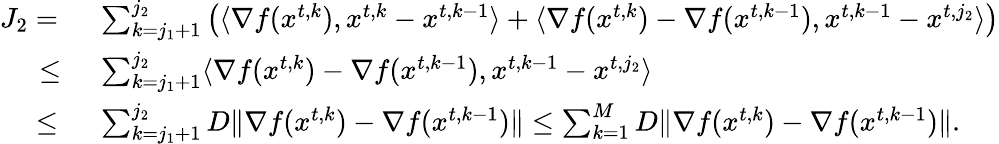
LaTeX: \begin{array}{rl}{J_{2}=\ }&{\sum_{k=j_{1}+1}^{j_{2}}\left(\langle\nabla f({x}^{t,k}),{x}^{t,k}-{x}^{t,k-1}\rangle+\langle\nabla f({x}^{t,k})-\nabla f({x}^{t,k-1}),{x}^{t,k-1}-{x}^{t,j_{2}}\rangle\right)}\\ {\mathop{\le}\ }&{\sum_{k=j_{1}+1}^{j_{2}}\langle\nabla f({x}^{t,k})-\nabla f({x}^{t,k-1}),{x}^{t,k-1}-{x}^{t,j_{2}}\rangle}\\ {\le\ }&{\sum_{k=j_{1}+1}^{j_{2}}D\| \nabla f({x}^{t,k})-\nabla f({x}^{t,k-1})\| \le\sum_{k=1}^{M}D\| \nabla f({x}^{t,k})-\nabla f({x}^{t,k-1})\| .}\end{array}